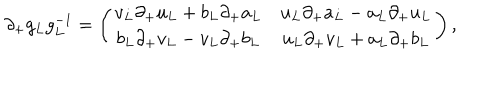
LaTeX: \partial _ { + } g _ { L } g _ { L } ^ { - 1 } = \left( \begin{array} { c c } { { v _ { L } \partial _ { + } u _ { L } + b _ { L } \partial _ { + } a _ { L } } } & { { u _ { L } \partial _ { + } a _ { L } - a _ { L } \partial _ { + } u _ { L } } } \\ { { b _ { L } \partial _ { + } v _ { L } - v _ { L } \partial _ { + } b _ { L } } } & { { u _ { L } \partial _ { + } v _ { L } + a _ { L } \partial _ { + } b _ { L } } } \\ \end{array} \right) ,